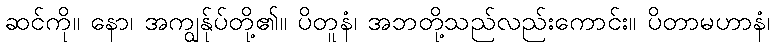
ဆင်ကို။ နော၊ အကျွန်ုပ်တို့၏။ ပိတူနံ၊ အဘတို့သည်လည်းကောင်း။ ပိတာမဟာနံ၊